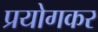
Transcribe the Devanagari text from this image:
प्रयोगकर